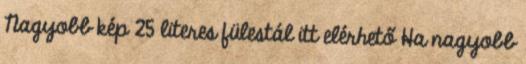
Nagyobb kép 25 literes fülestál itt elérhető Ha nagyobb